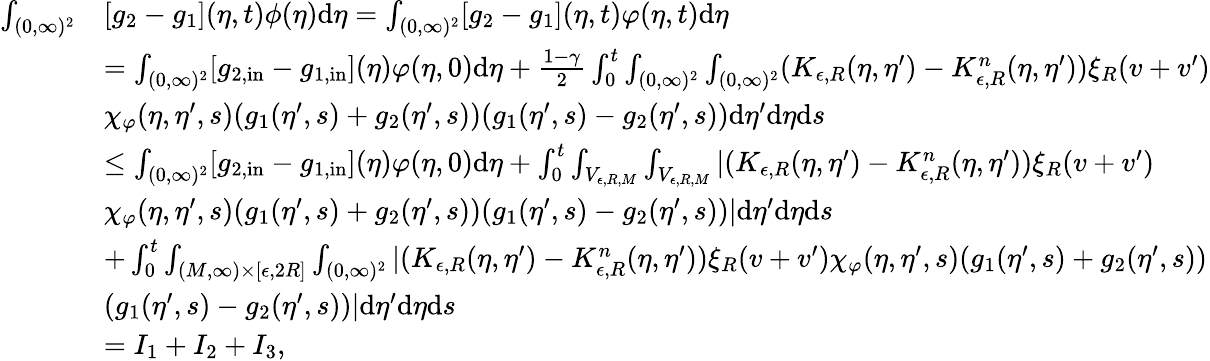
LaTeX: \begin{array}{rl}{\int_{(0,\infty)^{2}}}&{[g_{2}-g_{1}](\eta,t)\phi(\eta)\textup{d}\eta=\int_{(0,\infty)^{2}}[g_{2}-g_{1}](\eta,t)\varphi(\eta,t)\textup{d}\eta}\\ &{=\int_{(0,\infty)^{2}}[g_{2,\textup{in}}-g_{1,\textup{in}}](\eta)\varphi(\eta,0)\textup{d}\eta+\frac{1-\gamma}{2}\int_{0}^{t}\int_{(0,\infty)^{2}}\int_{(0,\infty)^{2}}(K_{\epsilon,R}(\eta,\eta^{\prime})-K_{\epsilon,R}^{n}(\eta,\eta^{\prime}))\xi_{R}(v+v^{\prime})}\\ &{\chi_{\varphi}(\eta,\eta^{\prime},s)(g_{1}(\eta^{\prime},s)+g_{2}(\eta^{\prime},s))(g_{1}(\eta^{\prime},s)-g_{2}(\eta^{\prime},s))\textup{d}\eta^{\prime}\textup{d}\eta\textup{d}s}\\ &{\leq\int_{(0,\infty)^{2}}[g_{2,\textup{in}}-g_{1,\textup{in}}](\eta)\varphi(\eta,0)\textup{d}\eta+\int_{0}^{t}\int_{V_{\epsilon,R,M}}\int_{V_{\epsilon,R,M}}|(K_{\epsilon,R}(\eta,\eta^{\prime})-K_{\epsilon,R}^{n}(\eta,\eta^{\prime}))\xi_{R}(v+v^{\prime})}\\ &{\chi_{\varphi}(\eta,\eta^{\prime},s)(g_{1}(\eta^{\prime},s)+g_{2}(\eta^{\prime},s))(g_{1}(\eta^{\prime},s)-g_{2}(\eta^{\prime},s))|\textup{d}\eta^{\prime}\textup{d}\eta\textup{d}s}\\ &{+\int_{0}^{t}\int_{(M,\infty)\times[\epsilon,2R]}\int_{(0,\infty)^{2}}|(K_{\epsilon,R}(\eta,\eta^{\prime})-K_{\epsilon,R}^{n}(\eta,\eta^{\prime}))\xi_{R}(v+v^{\prime})\chi_{\varphi}(\eta,\eta^{\prime},s)(g_{1}(\eta^{\prime},s)+g_{2}(\eta^{\prime},s))}\\ &{(g_{1}(\eta^{\prime},s)-g_{2}(\eta^{\prime},s))|\textup{d}\eta^{\prime}\textup{d}\eta\textup{d}s}\\ &{=I_{1}+I_{2}+I_{3},}\end{array}